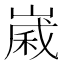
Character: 𪩈